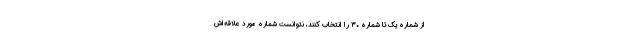
از شماره‌ یک تا شماره ۳۰ را انتخاب کنند، نتوانست شماره مورد علاقه‌اش